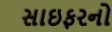
સાઇફરનો